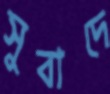
সুবাদে